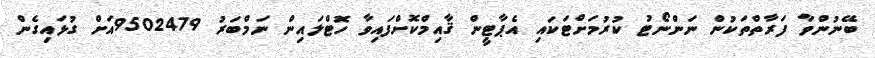
ބޭނުންވާ ފަރާތްތަަކުން ނަންނޯޓު ކުރުމަށްޓަކައި އެޕާޓީން ޤާއިމްކޮށްފައިވާ ހޮޓްލައިން ނަމްބަރު 9502479އަށް ގުޅައިގެން